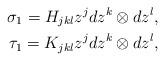
LaTeX: \begin{align*}\sigma_{1}=H_{jkl}z^{j}dz^{k}\otimes dz^{l},\\\tau_{1}=K_{jkl}z^{j}dz^{k}\otimes dz^{l},\end{align*}